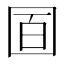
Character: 𡇚